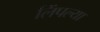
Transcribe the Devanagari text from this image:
लिंपल्या